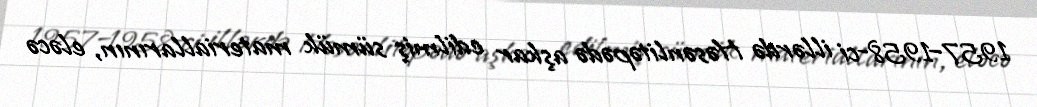
1957–1958-ci illərdə Həsənlitəpədə aşkar edilmiş sümük materiallarının, eləcə